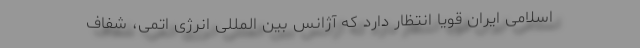
اسلامی ایران قویاً انتظار دارد که آژانس بین المللی انرژی اتمی، شفاف